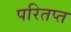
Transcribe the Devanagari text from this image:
परितप्त